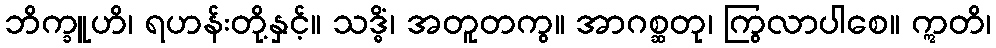
ဘိက္ခူဟိ၊ ရဟန်းတို့နှင့်။ သဒ္ဓိံ၊ အတူတကွ။ အာဂစ္ဆတု၊ ကြွလာပါစေ။ ဣတိ၊